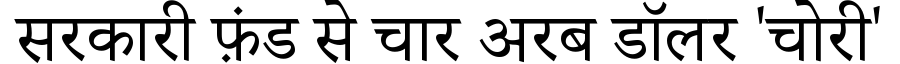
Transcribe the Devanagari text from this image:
सरकारी फ़ंड से चार अरब डॉलर 'चोरी'